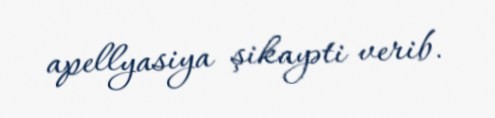
apellyasiya şikayəti verib.